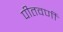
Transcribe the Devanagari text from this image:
पीतवर्णी